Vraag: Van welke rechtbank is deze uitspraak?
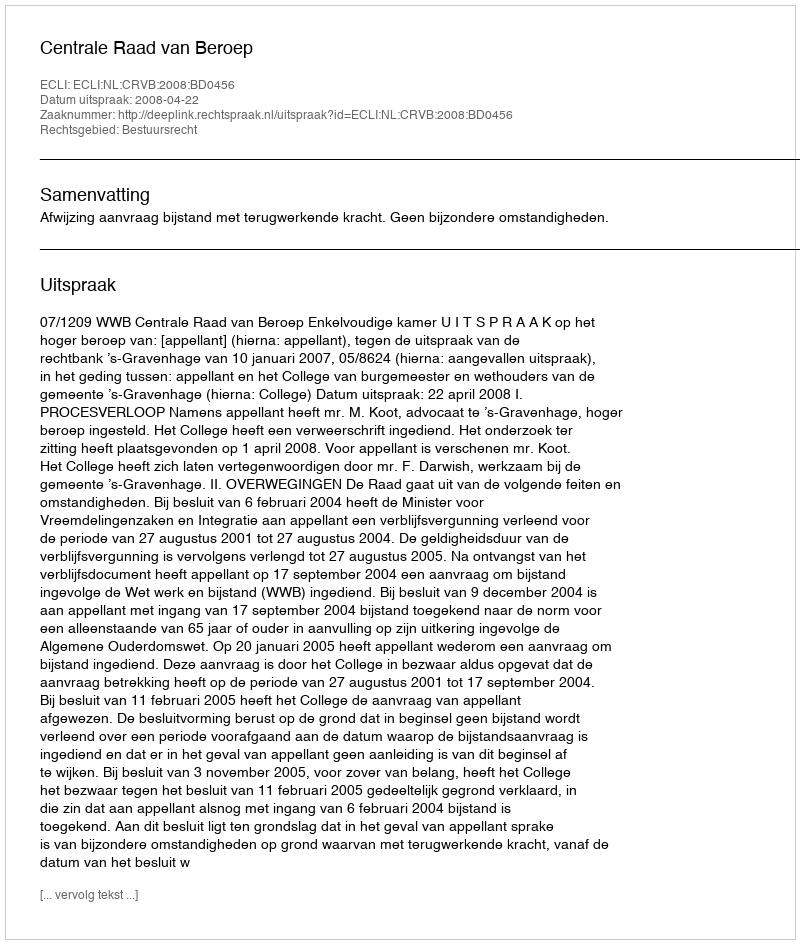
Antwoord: Centrale Raad van Beroep